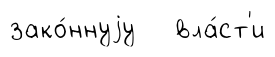
зако́ннуjу вла́ст'и